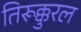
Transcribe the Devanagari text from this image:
तिरूक्कुरल